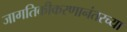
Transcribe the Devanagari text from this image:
जागतिकीकरणानंतरच्या